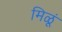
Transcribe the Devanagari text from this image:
मिळूं